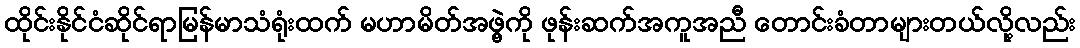
ထိုင်းနိုင်ငံဆိုင်ရာမြန်မာသံရုံးထက် မဟာမိတ်အဖွဲ့ကို ဖုန်းဆက်အကူအညီ တောင်းခံတာများတယ်လို့လည်း